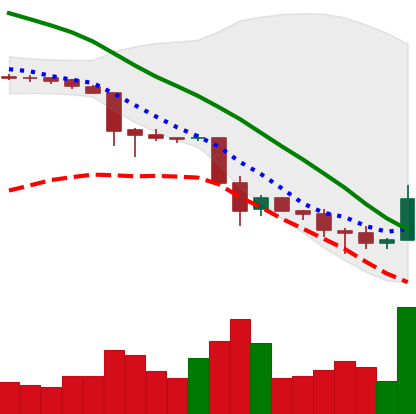
Ticker: TRX-USD
Chart end date: 2018-11-28
Forward return: -5.331%
Label: down_5_7